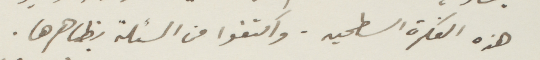
هذه الفكرة السطحيه. واكتفوا من المسألة بظاهرها.